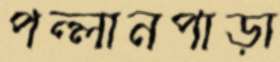
পল্লানপাড়া